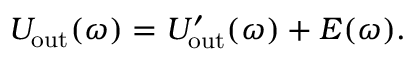
U _ { \mathrm { o u t } } ( \omega ) = U _ { \mathrm { o u t } } ^ { \prime } ( \omega ) + E ( \omega ) .